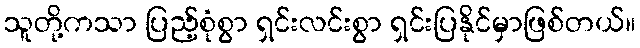
သူတို့ကသာ ပြည့်စုံစွာ ရှင်းလင်းစွာ ရှင်းပြနိုင်မှာဖြစ်တယ်။